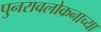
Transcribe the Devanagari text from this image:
पुनरावलोकनाच्या